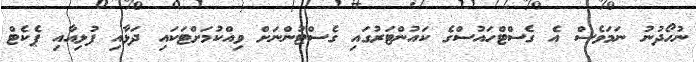
ނުހޯދުނު ނަމަވެސް އެ ގެސްޓްހައުސްގެ ކައުންޓަރުގައި ގެސްޓުންނަށް ވިއްކުމަށްޓަކައި ދަޅާއި ފުޅިއާއި ޕެކެޓް